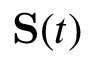
\mathbf { S } ( t )